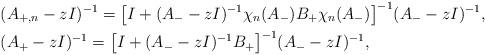
LaTeX: \begin{align*}& (A_{+,n} - z I)^{-1} = \big[I + (A_- - z I)^{-1} \chi_n(A_-) B_+ \chi_n(A_-)\big]^{-1} (A_- - z I)^{-1}, \\& (A_+ - z I)^{-1} = \big[I + (A_- - z I)^{-1} B_+ \big]^{-1} (A_- - z I)^{-1}, \end{align*}